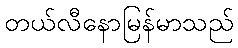
တယ်လီနောမြန်မာသည်